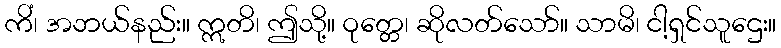
ကိံ၊ အဘယ်နည်း။ ဣတိ၊ ဤသို့။ ဝုတ္တေ၊ ဆိုလတ်သော်။ သာမိ၊ ငါ့ရှင်သူဌေး။